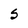
Character: s